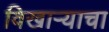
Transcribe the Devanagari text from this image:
विखाऱ्याचा